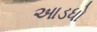
આડધો